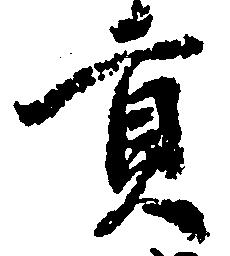
貢